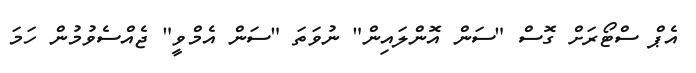
އެޕް ސްޓޯރަށް ގޮސް "ސަން އޮންލައިން" ނުވަތަ "ސަން އެމްވީ" ޖެއްސެވުމުން ހަމަ